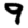
Digit: 9